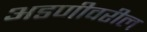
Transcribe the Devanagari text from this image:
अडणीवरील